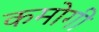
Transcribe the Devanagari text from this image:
कमोगी